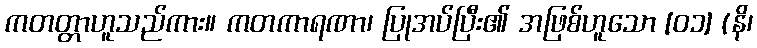
ကတတ္တာဟူသည်ကား။ ကတကာရဏာ၊ ပြုအပ်ပြီး၏ အဖြစ်ဟူသော [၀၁] (နိ၊